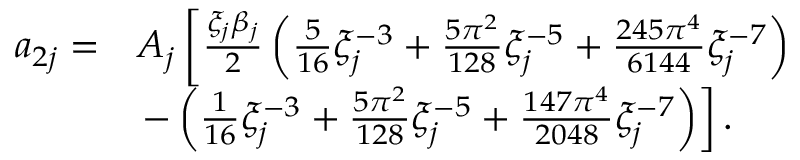
\begin{array} { r l } { a _ { 2 j } = } & { A _ { j } \left[ \frac { \xi _ { j } \beta _ { j } } { 2 } \left( \frac { 5 } { 1 6 } \xi _ { j } ^ { - 3 } + \frac { 5 \pi ^ { 2 } } { 1 2 8 } \xi _ { j } ^ { - 5 } + \frac { 2 4 5 \pi ^ { 4 } } { 6 1 4 4 } \xi _ { j } ^ { - 7 } \right) \right. } \\ & { \left. - \left( \frac { 1 } { 1 6 } \xi _ { j } ^ { - 3 } + \frac { 5 \pi ^ { 2 } } { 1 2 8 } \xi _ { j } ^ { - 5 } + \frac { 1 4 7 \pi ^ { 4 } } { 2 0 4 8 } \xi _ { j } ^ { - 7 } \right) \right] . } \end{array}